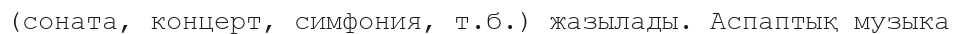
(соната, концерт, симфония, т.б.) жазылады. Аспаптық музыка